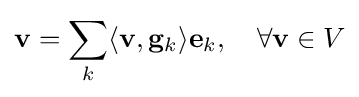
\mathbf {v} =\sum _{k}\langle \mathbf {v} ,\mathbf {g} _{k}\rangle \mathbf {e} _{k},\quad \forall \mathbf {v} \in V